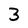
Character: 3